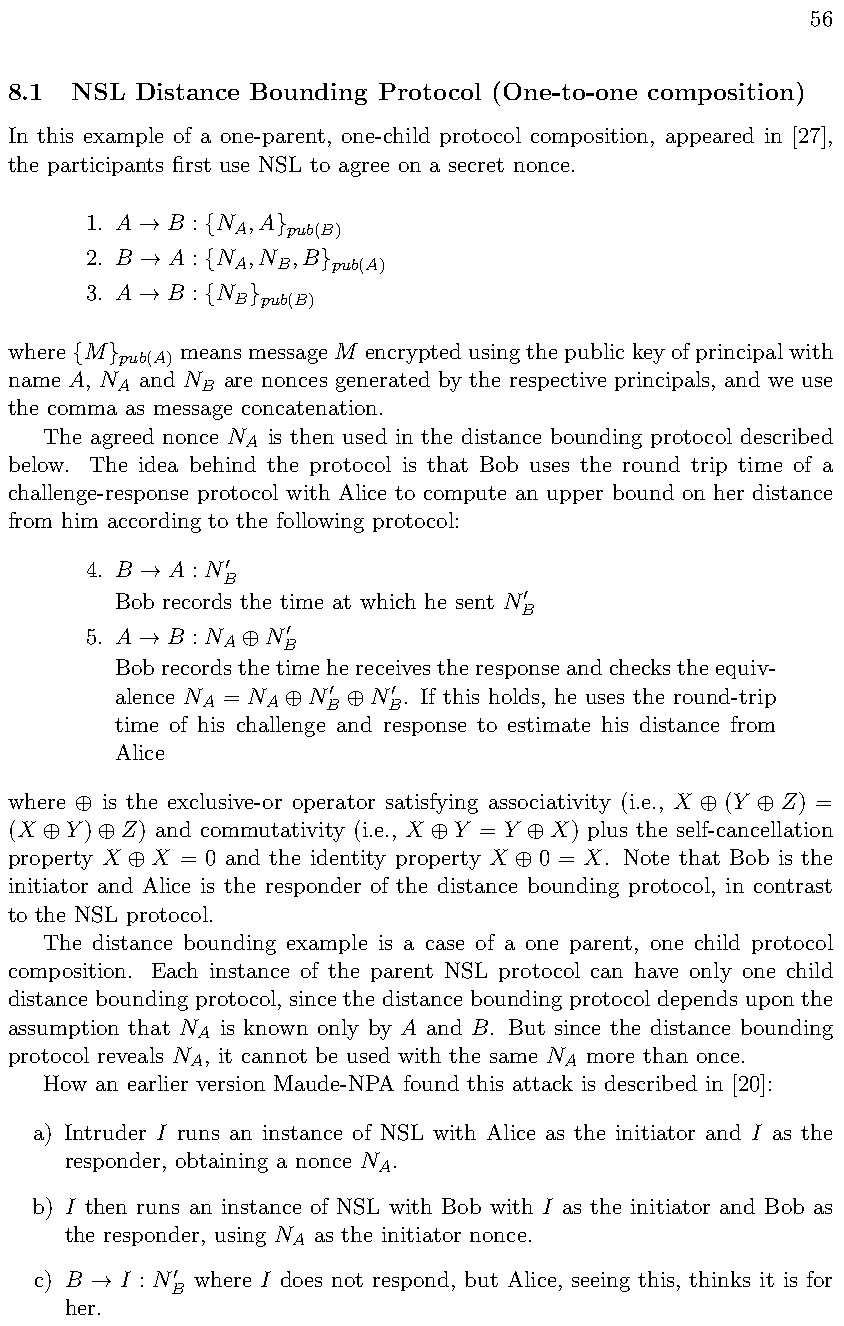
56
 8.1  NSL Distance Bounding Protocol (One-to-one composition)
 In this example of a one-parent, one-child protocol composition, appeared in [27],
 the participants first use NSL to agree on a secret nonce.
 1. A B : N ,A
 A   pub(B)
 !   {    }
 2. B A : N ,N ,B
 A  B   pub(A)
 !   {       }
 3. A B : N
 B pub(B)
 !   {  }
 where M     meansmessageM encryptedusingthepublickeyofprincipalwith
 pub(A)
 { }
 name A, N and N are nonces generated by the respective principals, and we use
 A    B
 the comma as message concatenation.
 The agreed nonce N is then used in the distance bounding protocol described
 A
 below. The idea behind the protocol is that Bob uses the round trip time of a
 challenge-response protocol with Alice to compute an upper bound on her distance
 from him according to the following protocol:
 4. B A : N
 !
 B0
 Bob records the time at which he sent N
 B0
 5. A B : N N
 !
 A

 B0
 Bob records the timehe receivesthe responseand checks theequiv-
 alence N = N N   N  . If this holds, he uses the round-trip
 A   A

 B0

 B0
 time of his challenge and response to estimate his distance from
 Alice
 where  is the exclusive-or operator satisfying associativity (i.e., X (Y Z) =

 (X  Y)  Z) and commutativity (i.e., X Y = Y X) plus the self-cancellation

 property X X = 0 and the identity property X 0 = X. Note that Bob is the

 initiator and Alice is the responder of the distance bounding protocol, in contrast
 to the NSL protocol.
 The distance bounding example is a case of a one parent, one child protocol
 composition. Each instance of the parent NSL protocol can have only one child
 distance bounding protocol, since the distance bounding protocol depends upon the
 assumption that N is known only by A and B. But since the distance bounding
 A
 protocol reveals N , it cannot be used with the same N more than once.
 A                        A
 How an earlier version Maude-NPA found this attack is described in [20]:
 a) Intruder I runs an instance of NSL with Alice as the initiator and I as the
 responder, obtaining a nonce N .
 A
 b) I then runs an instance of NSL with Bob with I as the initiator and Bob as
 the responder, using N as the initiator nonce.
 A
 c) B  I : N where I does not respond, but Alice, seeing this, thinks it is for
 !
 B0
 her.